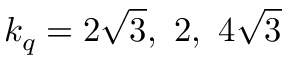
k _ { q } = { 2 } { \sqrt { 3 } } , \ 2 , \ { 4 } { \sqrt { 3 } }